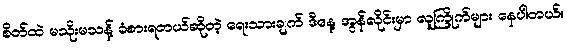
စိတ်ထဲ မသိုးမသန့် ခံစားရတယ်ဆိုတဲ့ ရေးသားချက် ဒီနေ့ အွန်လိုင်းမှာ လူကြိုက်များ နေပါတယ်။